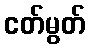
ငတ်မွတ်